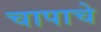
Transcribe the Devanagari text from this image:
चापाचे